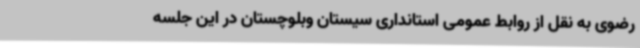
رضوی به نقل از روابط عمومی استانداری سیستان وبلوچستان در این جلسه